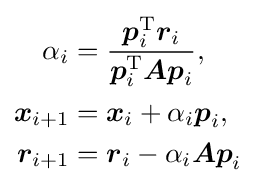
{\begin{aligned}\alpha _{i}&={\frac {{\boldsymbol {p}}_{i}^{\mathrm {T} }{\boldsymbol {r}}_{i}}{{\boldsymbol {p}}_{i}^{\mathrm {T} }{\boldsymbol {Ap}}_{i}}}{\text{,}}\\{\boldsymbol {x}}_{i+1}&={\boldsymbol {x}}_{i}+\alpha _{i}{\boldsymbol {p}}_{i}{\text{,}}\\{\boldsymbol {r}}_{i+1}&={\boldsymbol {r}}_{i}-\alpha _{i}{\boldsymbol {Ap}}_{i}\end{aligned}}